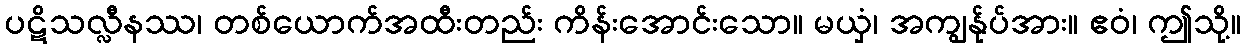
ပဋိသလ္လီနဿ၊ တစ်ယောက်အထီးတည်း ကိန်းအောင်းသော။ မယှံ၊ အကျွန်ုပ်အား။ ဧဝံ၊ ဤသို့။